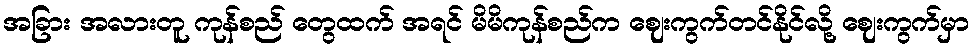
အခြား အလားတူ ကုန်စည် တွေထက် အရင် မိမိကုန်စည်က ဈေးကွက်တင်နိုင်လို့ ဈေးကွက်မှာ